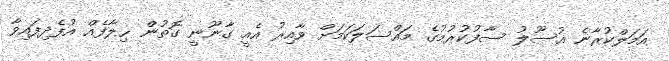
އަމަލްކުރާނެ އުސޫލު ސާފުކުރުމުގެ މައްސަލަކަމަށް ވާއިރު އެއީ ގާނޫނީ ގޮތުން ޚިލާފެއް އުފެދިފައިވާ